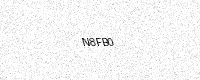
Text: N8FB0